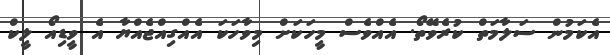
އެކަމުން ސަލާމަތް ކުރެވޭތޯ. އެއްވެސް މީހަކަށް މިވާހަކަ އެއްގިއްޖެއްޔާ އެ ވީޑިއޯ ލީކް